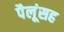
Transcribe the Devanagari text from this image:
पैलूंसह